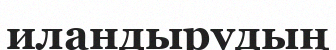
иландырудың